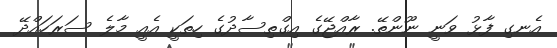
އެނގި ފާޅު ވަނީ ނޫންތޭ. ރާއްޖޭގެ އިގްތިސާދުގެ ހިތަކީ އެއީ މާލެ ސަރަަހައްދޭ